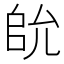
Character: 䦾